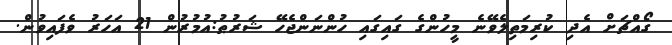
ގޯއްޗަށް އެދި ކުރިމަތިލެވޭނެ މީހުންގެ ގައިގައި ހުންނަންޖެހޭ ޝަރުޠު:އުމުރުން 21 އަހަރު ވެފައިވުން.